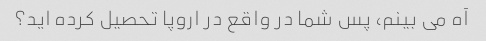
آه می بینم، پس شما در واقع در اروپا تحصیل کرده اید؟